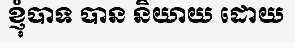
ខ្ញុំបាទ បាន និយាយ ដោយ